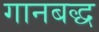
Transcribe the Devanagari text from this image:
गानबद्ध